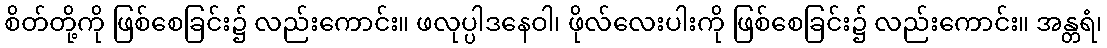
စိတ်တို့ကို ဖြစ်စေခြင်း၌ လည်းကောင်း။ ဖလုပ္ပါဒနေဝါ၊ ဖိုလ်လေးပါးကို ဖြစ်စေခြင်း၌ လည်းကောင်း။ အန္တရံ၊